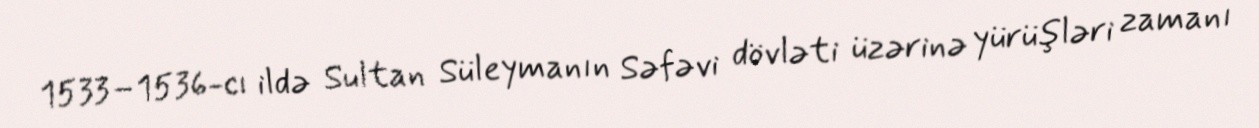
1533–1536-cı ildə Sultan Süleymanın Səfəvi dövləti üzərinə yürüşləri zamanı